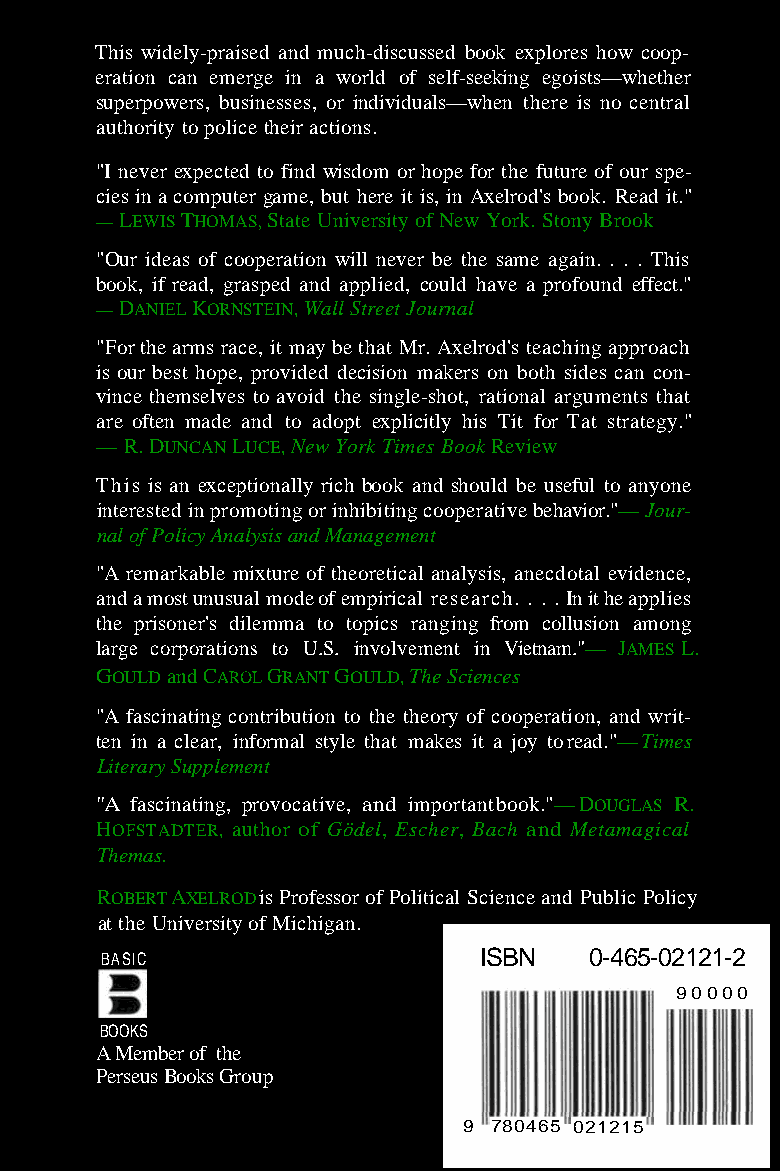
This widely-praised and much-discussed book explores how coop-
 eration can emerge in a world of self-seeking egoists—whether
 superpowers, businesses, or individuals—when there is no central
 authority to police their actions.
 "I never expected to find wisdom or hope for the future of our spe-
 cies in a computer game, but here it is, in Axelrod's book. Read it."
 —LEWISTHOMAS, State University of New York. Stony Brook
 "Our ideas of cooperation will never be the same again. . . . This
 book, if read, grasped and applied, could have a profound effect."
 —DANIELKORNSTEIN, Wall Street Journal
 "For the arms race, it may be that Mr. Axelrod's teaching approach
 is our best hope, provided decision makers on both sides can con-
 vince themselves to avoid the single-shot, rational arguments that
 are often made and to adopt explicitly his Tit for Tat strategy."
 — R.DUNCANLUCE, New York Times Book Review
 This is an exceptionally rich book and should be useful to anyone
 interested in promoting or inhibiting cooperative behavior."— Jour-
 nal of Policy Analysis and Management
 "A remarkable mixture of theoretical analysis, anecdotal evidence,
 and a most unusual mode of empirical research. . . . In it he applies
 the prisoner's dilemma to topics ranging from collusion among
 large corporations to U.S. involvement in Vietnam."— JAMES L.
 GOULDandCAROLGRANTGOULD,The Sciences
 "A fascinating contribution to the theory of cooperation, and writ-
 ten in a clear, informal style that makes it a joy to read."— Times
 Literary Supplement
 "A fascinating, provocative, and important book."—DOUGLAS R.
 HOFSTADTER, author of Gödel, Escher, Bach and Metamagical
 Themas.
 ROBERT AXELROD is Professor of Political Science and Public Policy
 at the University of Michigan.
 BASIC                    ISBN    0-465-02121-2
 90000
 BOOKS
 A Member of the
 Perseus Books Group
 9 780465 021215